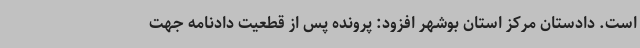
است. دادستان مرکز استان بوشهر افزود: پرونده پس از قطعیت دادنامه جهت